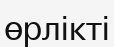
өрлікті